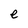
Character: e